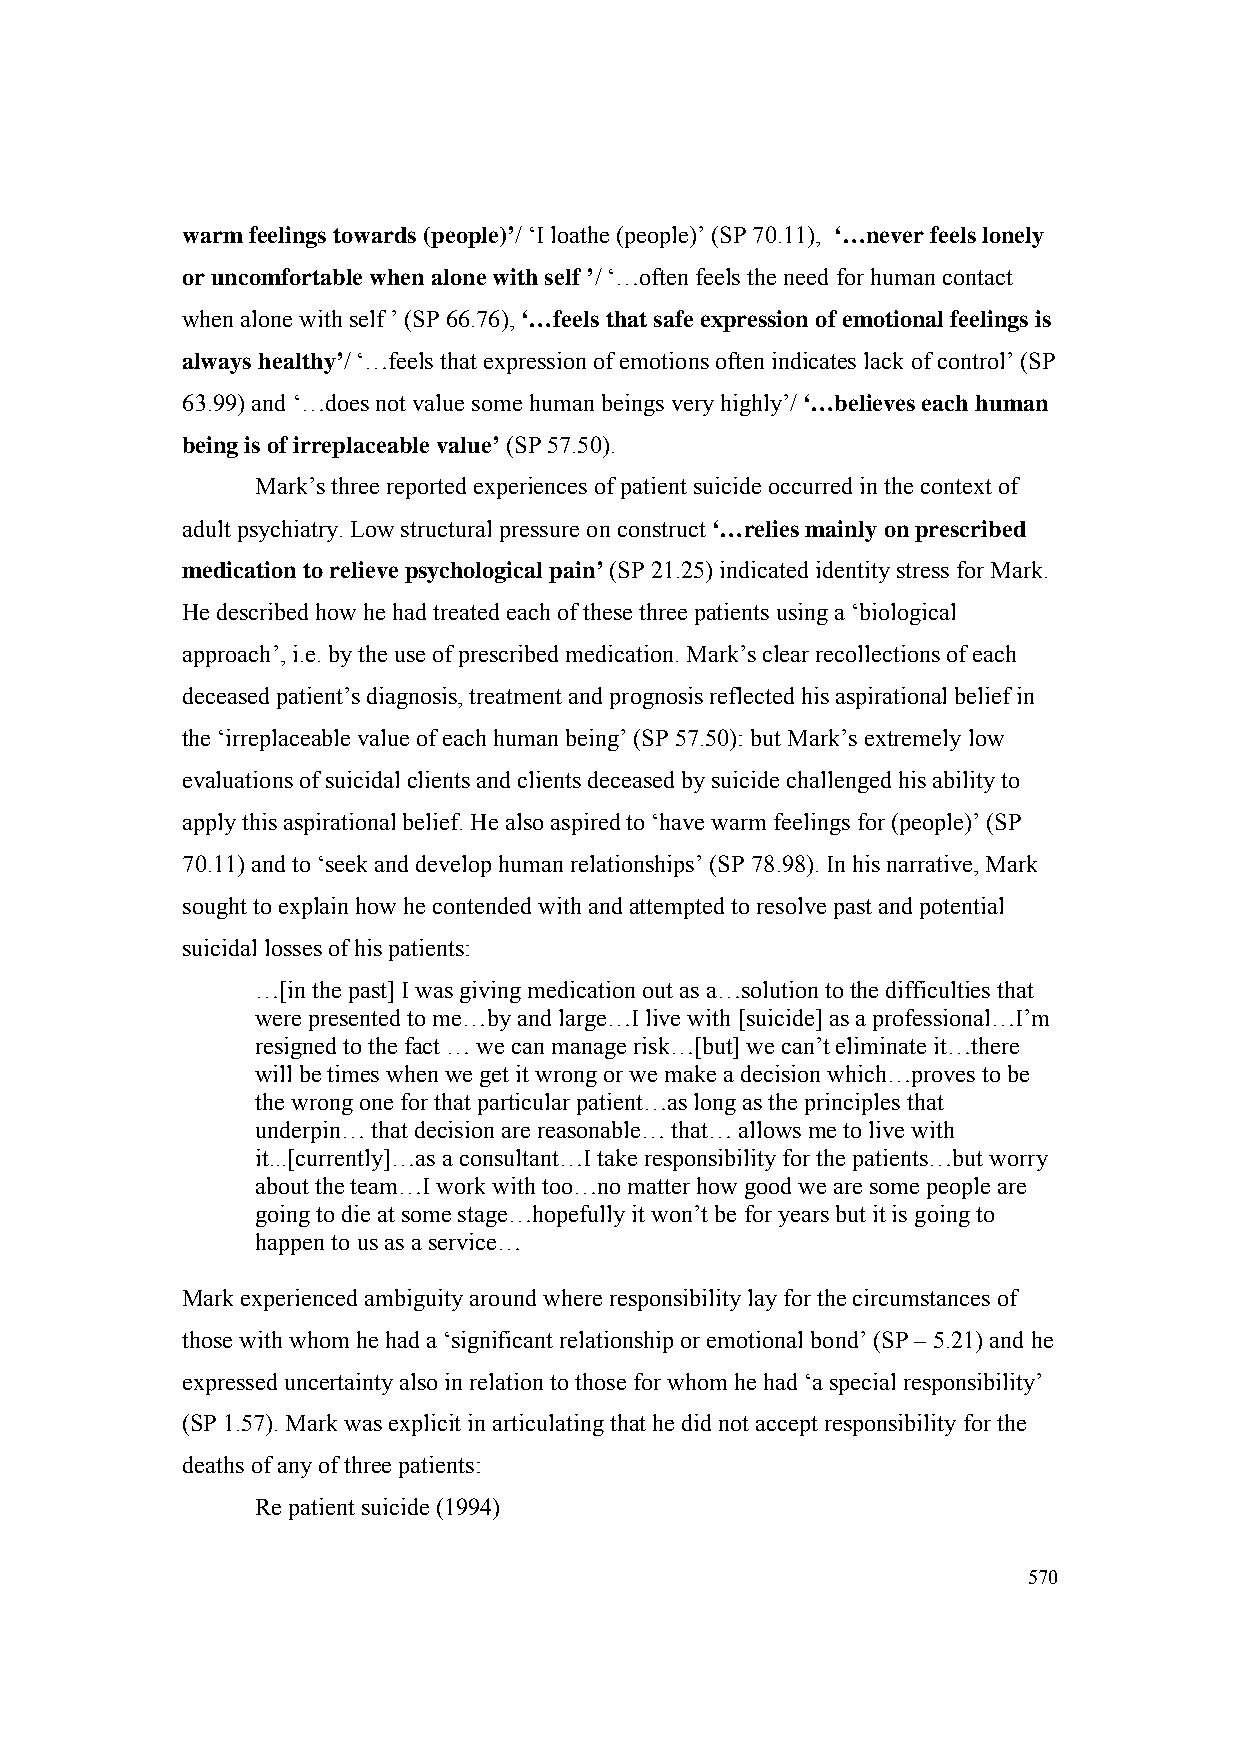
warm feelings towards (people)’/ ‘I loathe (people)’ (SP 70.11), ‘…never feels lonely
 or uncomfortable when alone with self ’/ ‘…often feels the need for human contact
 when alone with self ’ (SP 66.76), ‘…feels that safe expression of emotional feelings is
 always healthy’/ ‘…feels that expression of emotions often indicates lack of control’ (SP
 63.99) and ‘…does not value some human beings very highly’/ ‘…believes each human
 being is of irreplaceable value’ (SP 57.50).
 Mark’s three reported experiences of patient suicide occurred in the context of
 adult psychiatry. Low structural pressure on construct ‘…relies mainly on prescribed
 medication to relieve psychological pain’ (SP 21.25) indicated identity stress for Mark.
 He described how he had treated each of these three patients using a ‘biological
 approach’, i.e. by the use of prescribed medication. Mark’s clear recollections of each
 deceased patient’s diagnosis, treatment and prognosis reflected his aspirational belief in
 the ‘irreplaceable value of each human being’ (SP 57.50): but Mark’s extremely low
 evaluations of suicidal clients and clients deceased by suicide challenged his ability to
 apply this aspirational belief. He also aspired to ‘have warm feelings for (people)’ (SP
 70.11) and to ‘seek and develop human relationships’ (SP 78.98). In his narrative, Mark
 sought to explain how he contended with and attempted to resolve past and potential
 suicidal losses of his patients:
 …[in the past] I was giving medication out as a…solution to the difficulties that
 were presented to me…by and large…I live with [suicide] as a professional…I’m
 resigned to the fact … we can manage risk…[but] we can’t eliminate it…there
 will be times when we get it wrong or we make a decision which…proves to be
 the wrong one for that particular patient…as long as the principles that
 underpin… that decision are reasonable… that… allows me to live with
 it...[currently]…as a consultant…I take responsibility for the patients…but worry
 about the team…I work with too…no matter how good we are some people are
 going to die at some stage…hopefully it won’t be for years but it is going to
 happen to us as a service…
 Mark experienced ambiguity around where responsibility lay for the circumstances of
 those with whom he had a ‘significant relationship or emotional bond’ (SP – 5.21) and he
 expressed uncertainty also in relation to those for whom he had ‘a special responsibility’
 (SP 1.57). Mark was explicit in articulating that he did not accept responsibility for the
 deaths of any of three patients:
 Re patient suicide (1994)
 570